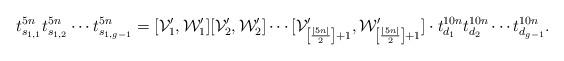
LaTeX: \begin{align*}t_{s_{1,1}}^{5n} t_{s_{1,2}}^{5n} \cdots t_{s_{1,g-1}}^{5n} = [\mathcal{V}'_1,\mathcal{W}'_1] [\mathcal{V}'_2,\mathcal{W}'_2] \cdots [\mathcal{V}'_{\left[\frac{|5n|}{2}\right]+1}, \mathcal{W}'_{\left[\frac{|5n|}{2}\right]+1}]\cdot t_{d_1}^{10n} t_{d_2}^{10n} \cdots t_{d_{g-1}}^{10n}. \end{align*}